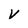
Character: V